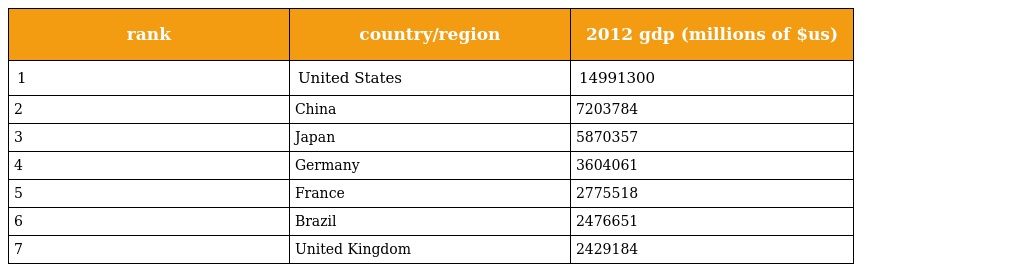
| rank | country/region | 2012 gdp (millions of $us) |
 | --- | --- | --- |
 | 1 | United States | 14991300 |
 | 2 | China | 7203784 |
 | 3 | Japan | 5870357 |
 | 4 | Germany | 3604061 |
 | 5 | France | 2775518 |
 | 6 | Brazil | 2476651 |
 | 7 | United Kingdom | 2429184 |